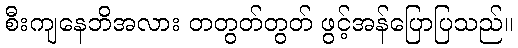
စီးကျနေဘိအလား တတွတ်တွတ် ဖွင့်အန်ပြောပြသည်။